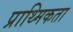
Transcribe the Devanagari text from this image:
प्राथ्मिकता